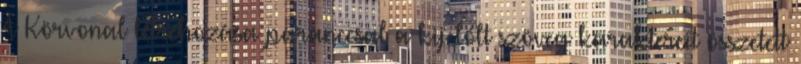
A Körvonal létrehozása paranccsal a kijelölt szöveg karaktereit összetett